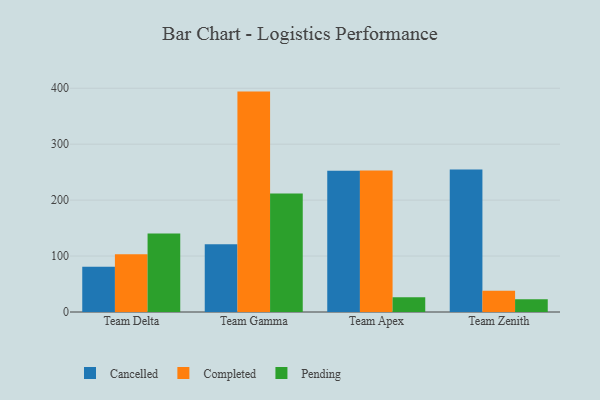
{"axis": {"x": "Team", "y": "Satisfaction Score"}, "legend": ["Cancelled", "Completed", "Pending"], "data": [{"x": "Team Delta", "y": 80.8, "type": "Cancelled"}, {"x": "Team Delta", "y": 103.2, "type": "Completed"}, {"x": "Team Delta", "y": 140.4, "type": "Pending"}, {"x": "Team Gamma", "y": 120.9, "type": "Cancelled"}, {"x": "Team Gamma", "y": 394.0, "type": "Completed"}, {"x": "Team Gamma", "y": 211.7, "type": "Pending"}, {"x": "Team Apex", "y": 252.6, "type": "Cancelled"}, {"x": "Team Apex", "y": 253.1, "type": "Completed"}, {"x": "Team Apex", "y": 26.5, "type": "Pending"}, {"x": "Team Zenith", "y": 254.7, "type": "Cancelled"}, {"x": "Team Zenith", "y": 38.2, "type": "Completed"}, {"x": "Team Zenith", "y": 22.6, "type": "Pending"}]}